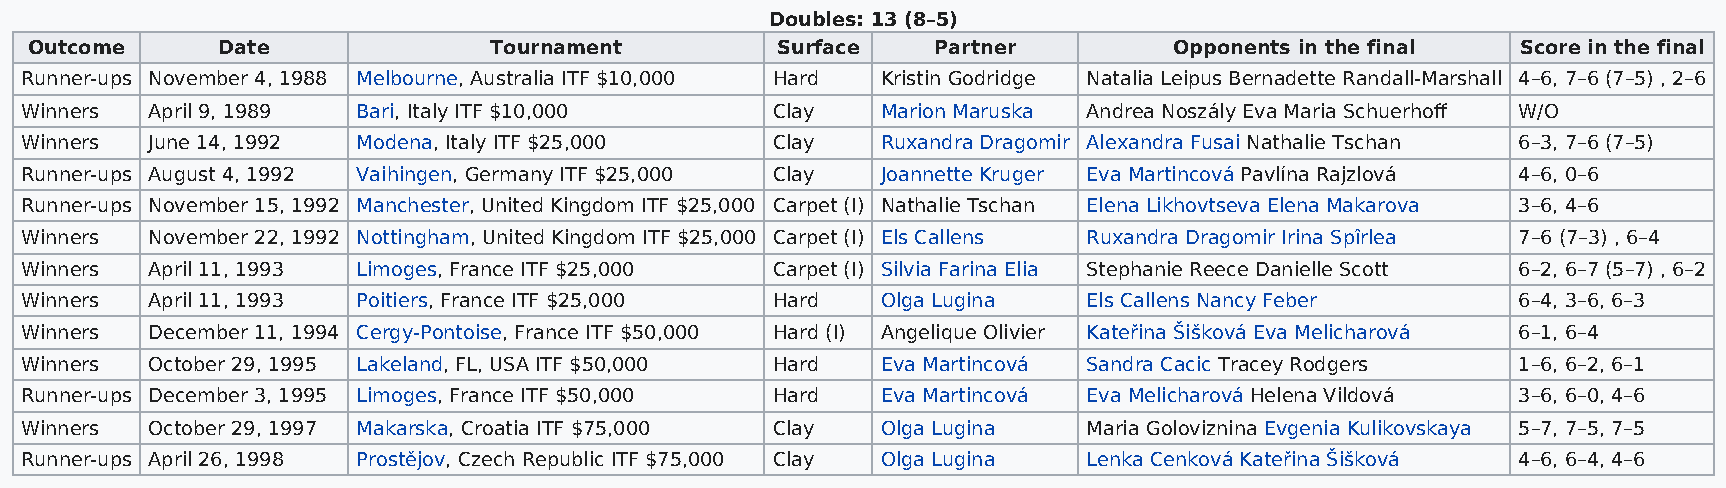
Doubles: 13 (8–5)
 Outcome     Date              Tournament         Surface    Partner         Opponents in the final Score in the final
 Runner-ups November 4, 1988 Melbourne, Australia ITF $10,000 Hard Kristin Godridge Natalia Leipus Bernadette Randall-Marshall 4–6, 7–6 (7–5) , 2–6
 Winners  April 9, 1989 Bari, Italy ITF $10,000    Clay   Marion Maruska Andrea Noszály Eva Maria Schuerhoff W/O
 Winners  June 14, 1992 Modena, Italy ITF $25,000  Clay   Ruxandra Dragomir Alexandra Fusai Nathalie Tschan 6–3, 7–6 (7–5)
 Runner-ups August 4, 1992 Vaihingen, Germany ITF $25,000 Clay Joannette Kruger Eva Martincová Pavlína Rajzlová 4–6, 0–6
 Runner-ups November 15, 1992 Manchester, United Kingdom ITF $25,000 Carpet (I) Nathalie Tschan Elena Likhovtseva Elena Makarova 3–6, 4–6
 Winners  November 22, 1992 Nottingham, United Kingdom ITF $25,000 Carpet (I) Els Callens Ruxandra Dragomir Irina Spîrlea 7–6 (7–3) , 6–4
 Winners  April 11, 1993 Limoges, France ITF $25,000 Carpet (I) Silvia Farina Elia Stephanie Reece Danielle Scott 6–2, 6–7 (5–7) , 6–2
 Winners  April 11, 1993 Poitiers, France ITF $25,000 Hard Olga Lugina  Els Callens Nancy Feber     6–4, 3–6, 6–3
 Winners  December 11, 1994 Cergy-Pontoise, France ITF $50,000 Hard (I) Angelique Olivier Kateřina Šišková Eva Melicharová 6–1, 6–4
 Winners  October 29, 1995 Lakeland, FL, USA ITF $50,000 Hard Eva Martincová Sandra Cacic Tracey Rodgers 1–6, 6–2, 6–1
 Runner-ups December 3, 1995 Limoges, France ITF $50,000 Hard Eva Martincová Eva Melicharová Helena Vildová 3–6, 6–0, 4–6
 Winners  October 29, 1997 Makarska, Croatia ITF $75,000 Clay Olga Lugina Maria Goloviznina Evgenia Kulikovskaya 5–7, 7–5, 7–5
 Runner-ups April 26, 1998 Prostějov, Czech Republic ITF $75,000 Clay Olga Lugina Lenka Cenková Kateřina Šišková 4–6, 6–4, 4–6